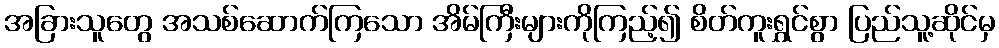
အခြားသူတွေ အသစ်ဆောက်ကြသော အိမ်ကြီးများကိုကြည့်၍ စိတ်ကူးရွှင်စွာ ပြည်သူ့ဆိုင်မှ